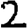
Digit: 2